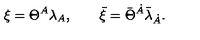
\xi = \Theta ^ { A } { \lambda } _ { A } , \qquad \bar { \xi } = \bar { \Theta } ^ { \dot { A } } \bar { \lambda } _ { \dot { A } } .